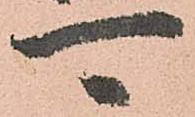
可